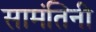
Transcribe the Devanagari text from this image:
सामंतिनी